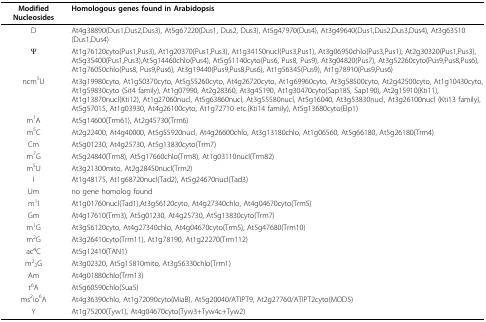
<table><thead><tr><td><b>Modified Nucleosides</b></td><td><b>Homologous genes found in Arabidopsis</b></td></tr></thead><tbody><tr><td>D</td><td>At4g38890(Dus1,Dus2,Dus3), At5g67220(Dus1, Dus2, Dus3), At5g47970(Dus4), At3g49640(Dus1,Dus2,Dus3,Dus4), At3g63510(Dus1,Dus4)</td></tr><tr><td>Ψ</td><td>At1g76120cyto(Pus1,Pus3), At1g20370(Pus1,Pus3), At1g34150nucl(Pus3,Pus1), At3g06950chlo(Pus3,Pus1), At2g30320(Pus1,Pus3), At5g35400(Pus1,Pus3),At5g14460chlo(Pus4), At5g51140cyto(Pus6, Pus8, Pus9), At3g04820(Pus7), At3g52260cyto(Pus9,Pus8,Pus6), At1g76050chlo(Pus8, Pus9,Pus6), At3g19440(Pus9,Pus8,Pus6), At1g56345(Pus9), At1g78910(Pus9,Pus6)</td></tr><tr><td>ncm<sup>5</sup>U</td><td>At3g19980cyto, At1g50370cyto, At5g55260cyto, At4g26720cyto, At1g69960cyto, At3g58500cyto, At2g42500cyto, At1g10430cyto, At1g59830cyto (Sit4 family), At1g07990, At2g28360, At3g45190, At1g30470cyto(Sap185, Sap190), At2g15910(Kti11), At1g13870nucl(Kti12), At1g27060nucl, At5g63860nucl, At3g55580nucl, At5g16040, At3g53830nucl, At3g26100nucl (Kti13 family), At5g57015, At1g03930, At4g26100cyto, At1g72710 etc.(Kti14 family), At5g13680cyto(Elp1)</td></tr><tr><td>m<sup>1</sup>A</td><td>At5g14600(Trm61), At2g45730(Trm6)</td></tr><tr><td>m<sup>5</sup>C</td><td>At2g22400, At4g40000, At5g55920nucl, At4g26600chlo, At3g13180chlo, At1g06560, At5g66180, At5g26180(Trm4)</td></tr><tr><td>Cm</td><td>At5g01230, At4g25730, At5g13830cyto(Trm7)</td></tr><tr><td>m<sup>7</sup>G</td><td>At5g24840(Trm8), At5g17660chlo(Trm8), At1g03110nucl(Trm82)</td></tr><tr><td>m<sup>5</sup>U</td><td>At3g21300mito, At2g28450nucl(Trm2)</td></tr><tr><td>I</td><td>At1g48175, At1g68720nucl(Tad2), At5g24670nucl(Tad3)</td></tr><tr><td>Um</td><td>no gene homolog found</td></tr><tr><td>m<sup>1</sup>I</td><td>At1g01760nucl(Tad1),At3g56120cyto, At4g27340chlo, At4g04670cyto(Trm5)</td></tr><tr><td>Gm</td><td>At4g17610(Trm3), At5g01230, At4g25730, At5g13830cyto(Trm7)</td></tr><tr><td>m<sup>1</sup>G</td><td>At3g56120cyto, At4g27340chlo, At4g04670cyto(Trm5), At5g47680(Trm10)</td></tr><tr><td>m<sup>2</sup>G</td><td>At3g26410cyto(Trm11), At1g78190, At1g22270(Trm112)</td></tr><tr><td>ac<sup>4</sup>C</td><td>At5g12410(TAN1)</td></tr><tr><td>m<sup>2</sup><sub>2</sub>G</td><td>At3g02320, At5g15810mito, At3g56330chlo(Trm1)</td></tr><tr><td>Am</td><td>At4g01880chlo(Trm13)</td></tr><tr><td>t<sup>6</sup>A</td><td>At5g60590chlo(Sua5)</td></tr><tr><td>ms<sup>2</sup>io<sup>6</sup>A</td><td>At4g36390chlo, At1g72090cyto(MiaB), At5g20040/ATIPT9, At2g27760/ATIPT2cyto(MOD5)</td></tr><tr><td>Y</td><td>At1g75200(Tyw1), At4g04670cyto(Tyw3+Tyw4c+Tyw2)</td></tr></tbody></table>